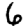
Digit: 6